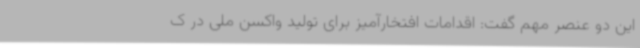
این دو عنصر مهم گفت: اقدامات افتخارآمیز برای تولید واکسن ملی در ک